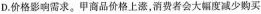
D. 价格影响需求。甲商品价格上涨，消费者会大幅度减少购买